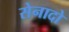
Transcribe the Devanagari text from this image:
सेनादो